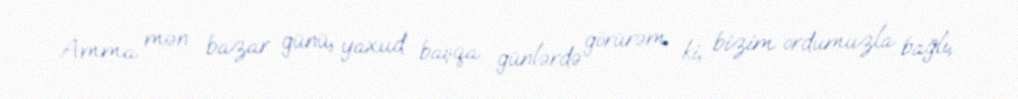
Amma mən bazar günü, yaxud başqa günlərdə görürəm ki, bizim ordumuzla bağlı,